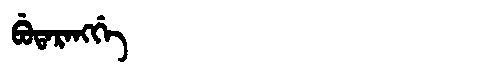
Manchu: ᠪᡠᡨᠠᡵᠠᠩᡤᡝ
Romanization: BUTARANGGE